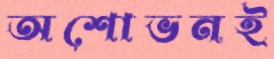
অশোভনই